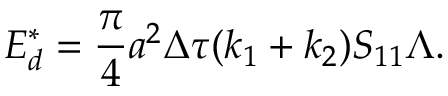
E _ { d } ^ { * } = \frac { \pi } { 4 } a ^ { 2 } \Delta \tau ( k _ { 1 } + k _ { 2 } ) S _ { 1 1 } \Lambda .